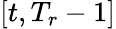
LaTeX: [t,T_{r}-1]